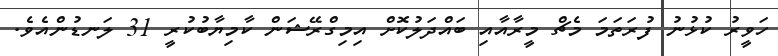
ހަވީރު ކުޅުނު ފުރަތަމަ މެޗް މީރާއާއި ބައްދަލުކޮށް އިމިގްރޭޝަން ކާމިޔާބުކުރީ 31 ލަނޑުންއެވެ.